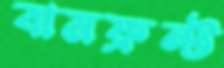
বামফ্রন্ট